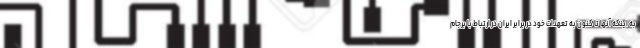
به اینکه آنها تا کنون به تعهدات خود در برابر ایران در ارتباط با برجام